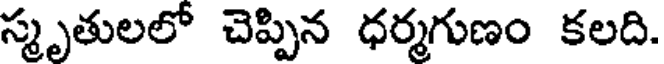
స్మృతులలో చెప్పిన ధర్మగుణం కలది.